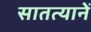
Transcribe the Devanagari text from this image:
सातत्यानें